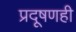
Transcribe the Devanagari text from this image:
प्रदूषणही